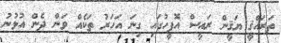
ތަރައްޤީ ޔަޤީން ރައީސް އޮފީހުގައި ގިނަ އަހަރު ތަކެއް ވަން ދެން އުޅުނު